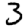
Digit: 3